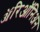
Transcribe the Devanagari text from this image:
ॲरिऑनिअन